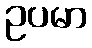
ဥပမာ